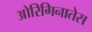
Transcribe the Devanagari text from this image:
ओरिगिनातेस